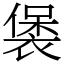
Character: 𧛱